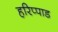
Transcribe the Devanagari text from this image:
हरिप्पाड